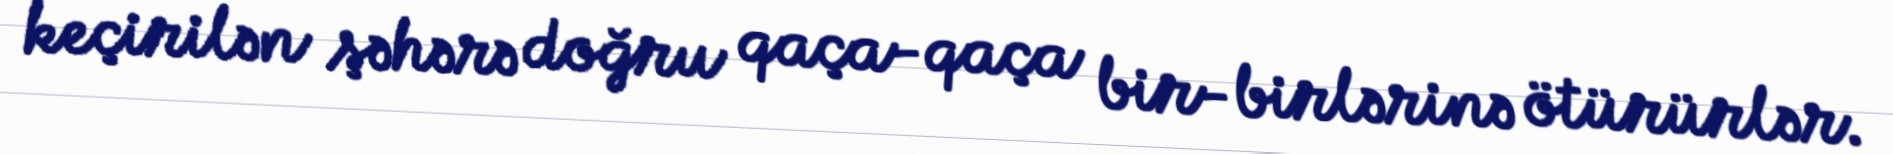
keçirilən şəhərə doğru qaça-qaça bir-birlərinə ötürürlər.